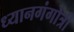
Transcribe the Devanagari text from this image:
ध्यानगंगोत्री